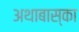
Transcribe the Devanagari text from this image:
अथाबास्का